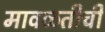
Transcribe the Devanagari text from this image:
मावळतीची